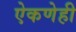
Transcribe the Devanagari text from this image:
ऐकणेही